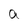
Character: a